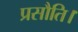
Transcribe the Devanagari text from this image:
प्रसौति।